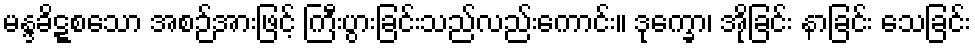
မန္ဒခိဋ္ဋစသော အစဉ်အားဖြင့် ကြီးပွားခြင်းသည်လည်းကောင်း။ ဒုက္ခော၊ အိုခြင်း နာခြင်း သေခြင်း